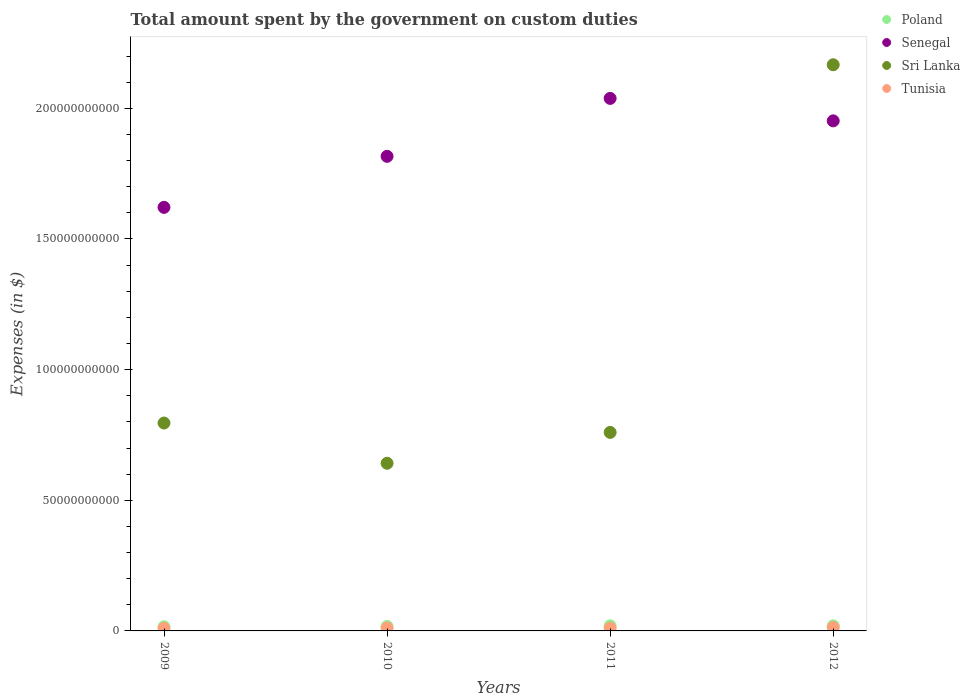
| Years | Poland | Senegal | Sri Lanka | Tunisia |
 | --- | --- | --- | --- | --- |
 | 2009 | 1.59e+09 | 1.62e+11 | 7.96e+10 | 9.72e+08 |
 | 2010 | 1.69e+09 | 1.82e+11 | 6.42e+10 | 1.13e+09 |
 | 2011 | 1.96e+09 | 2.04e+11 | 7.6e+10 | 1.06e+09 |
 | 2012 | 1.95e+09 | 1.95e+11 | 2.17e+11 | 1.31e+09 |